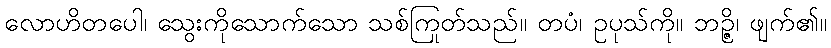
လောဟိတပေါ၊ သွေးကိုသောက်သော သစ်ကြုတ်သည်။ တပံ၊ ဥပုသ်ကို။ ဘဉ္ဇိ၊ ဖျက်၏။